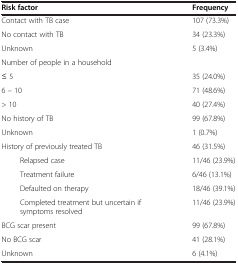
| Risk factor | Frequency |
 | --- | --- |
 | Contact with TB case | 107 (73.3%) |
 | No contact with TB | 34 (23.3%) |
 | Unknown | 5 (3.4%) |
 | Number of people in a household |  |
 | ≤ 5 | 35 (24.0%) |
 | 6 – 10 | 71 (48.6%) |
 | > 10 | 40 (27.4%) |
 | No history of TB | 99 (67.8%) |
 | Unknown | 1 (0.7%) |
 | History of previously treated TB | 46 (31.5%) |
 | Relapsed case | 11/46 (23.9%) |
 | Treatment failure | 6/46 (13.1%) |
 | Defaulted on therapy | 18/46 (39.1%) |
 | Completed treatment but uncertain if symptoms resolved | 11/46 (23.9%) |
 | BCG scar present | 99 (67.8%) |
 | No BCG scar | 41 (28.1%) |
 | Unknown | 6 (4.1%) |